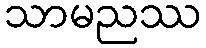
သာမညဿ